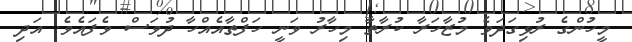
މީހުންގެ ރުޅިގަދަވެ މުޒާހަރާ ކުރާތާ މިހާރު ވަނީ ހަފްތާއެއްހާ ދުވަސް ވެފައެވެ. އަދި